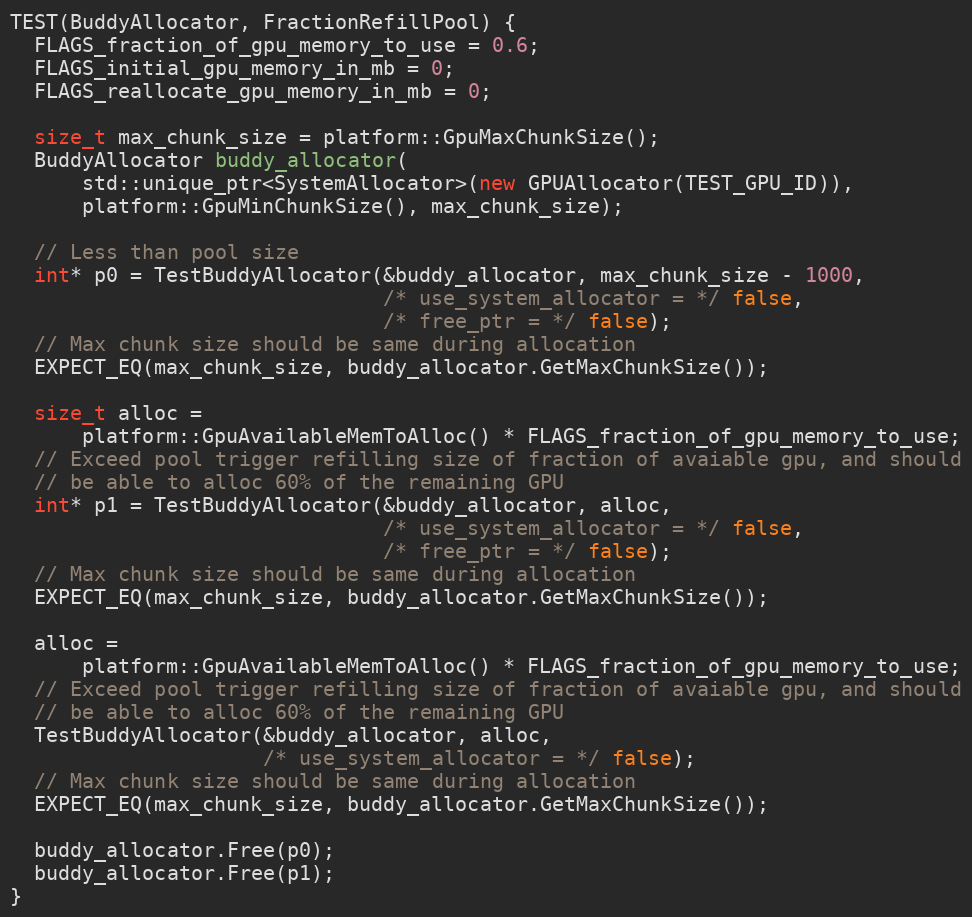
Language: C++
TEST(BuddyAllocator, FractionRefillPool) {
  FLAGS_fraction_of_gpu_memory_to_use = 0.6;
  FLAGS_initial_gpu_memory_in_mb = 0;
  FLAGS_reallocate_gpu_memory_in_mb = 0;

  size_t max_chunk_size = platform::GpuMaxChunkSize();
  BuddyAllocator buddy_allocator(
      std::unique_ptr<SystemAllocator>(new GPUAllocator(TEST_GPU_ID)),
      platform::GpuMinChunkSize(), max_chunk_size);

  // Less than pool size
  int* p0 = TestBuddyAllocator(&buddy_allocator, max_chunk_size - 1000,
                               /* use_system_allocator = */ false,
                               /* free_ptr = */ false);
  // Max chunk size should be same during allocation
  EXPECT_EQ(max_chunk_size, buddy_allocator.GetMaxChunkSize());

  size_t alloc =
      platform::GpuAvailableMemToAlloc() * FLAGS_fraction_of_gpu_memory_to_use;
  // Exceed pool trigger refilling size of fraction of avaiable gpu, and should
  // be able to alloc 60% of the remaining GPU
  int* p1 = TestBuddyAllocator(&buddy_allocator, alloc,
                               /* use_system_allocator = */ false,
                               /* free_ptr = */ false);
  // Max chunk size should be same during allocation
  EXPECT_EQ(max_chunk_size, buddy_allocator.GetMaxChunkSize());

  alloc =
      platform::GpuAvailableMemToAlloc() * FLAGS_fraction_of_gpu_memory_to_use;
  // Exceed pool trigger refilling size of fraction of avaiable gpu, and should
  // be able to alloc 60% of the remaining GPU
  TestBuddyAllocator(&buddy_allocator, alloc,
                     /* use_system_allocator = */ false);
  // Max chunk size should be same during allocation
  EXPECT_EQ(max_chunk_size, buddy_allocator.GetMaxChunkSize());

  buddy_allocator.Free(p0);
  buddy_allocator.Free(p1);
}